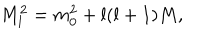
M _ { l } ^ { 2 } = m _ { 0 } ^ { 2 } + l ( l + 1 ) M ,